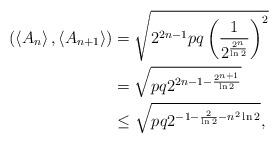
LaTeX: \begin{align*}(\left<A_n\right>,\left<A_{n+1}\right>)&= \sqrt{2^{2n-1}pq\left( \frac{1}{2^{\frac{2^n}{\ln 2}}} \right)^2}\\&= \sqrt{pq 2^{2n-1-\frac{2^{n+1}}{\ln 2}}}\\&\le \sqrt{pq 2^{-1-\frac{2}{\ln 2}-n^2\ln2}},\end{align*}